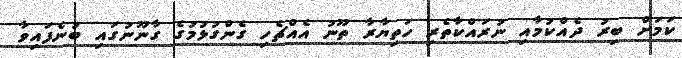
ކަމަށް ބިރު ދެއްކުމާއި ނުރައްކާތެރި ހަތިޔާރާ ތޫނު އެއްޗެހި ގެންގުޅުމުގެ ގާނޫނުގައި ބުނެފައިވާ